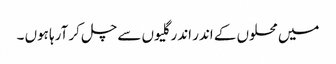
میں محلوں کے اندر اندر گلیوں سے چل کر آرہا ہوں ۔